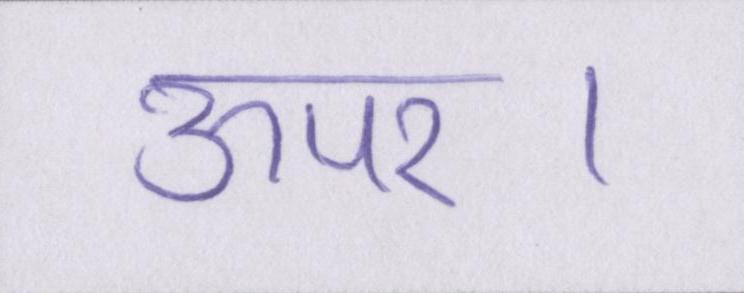
ऊपर।